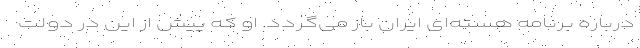
درباره برنامه هسته‌ای ایران باز می‌گردد. او که پیش از این در دولت